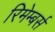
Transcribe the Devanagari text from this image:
रिमेम्बर्स